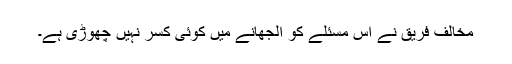
مخالف فریق نے اس مسئلے کو الجھانے میں کوئی کسر نہیں چھوڑی ہے۔